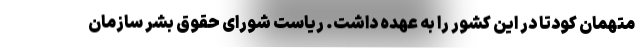
متهمان کودتا در این کشور را به عهده داشت. ریاست شورای حقوق بشر سازمان